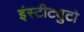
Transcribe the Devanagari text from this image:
इंस्टीट्युटो